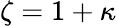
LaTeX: \zeta=1+\kappa